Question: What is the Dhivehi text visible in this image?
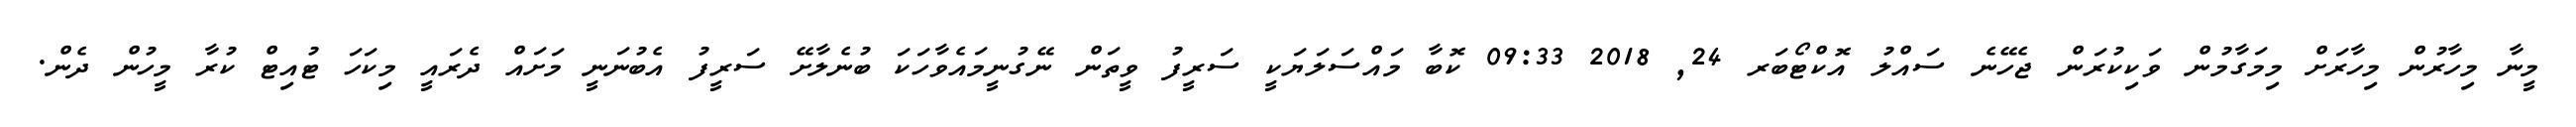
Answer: މީނާ މިހާރުން މިހާރަށް މިމަގާމުން ވަކިކުރަން ޖެހޭނެ ސައްލު އޮކްޓޯބަރ 24, 2018 09:33 ކޮބާ މައްސަލަޔަކީ ސަރީފު ވީތަން ނޭގުނީމައެވާހަކަ ބުނެލާށޭ ސަރީފު އެބުނަނީ މަށައް ދެރައީ މިކަހަ ޓުއިޓް ކުރާ މީހުން ދެން.